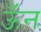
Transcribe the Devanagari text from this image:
ऊँन